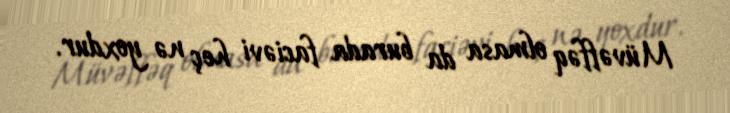
Müvəffəq olmasa da burada faciəvi heç nə yoxdur.